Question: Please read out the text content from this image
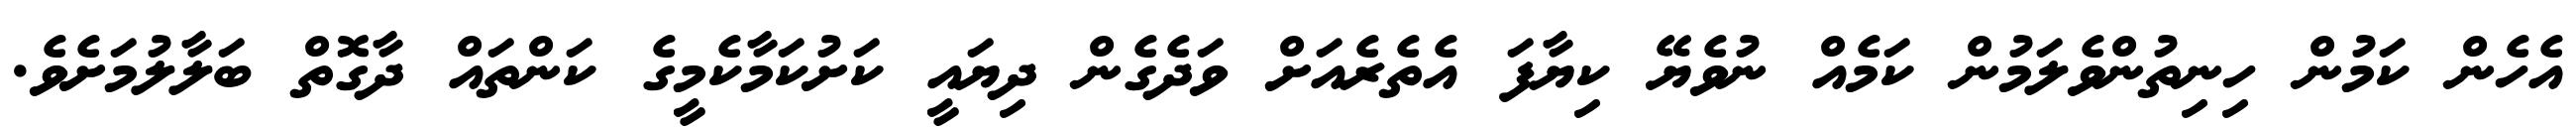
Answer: އެހެން ކަމުން ހިނިތުންވެލަމުން ކަމެއް ނުވެޔޭ ކިޔާފަ އެތެރެއަށް ވަދެގެން ދިޔައީ ކަށުކަމާކެމީގެ ކަންތައް ދާގޮތް ބަލާލުމަށެވެ.